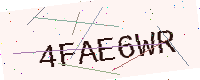
Text: 4FAE6WR